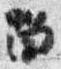
留